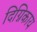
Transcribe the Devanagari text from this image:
दिग्निकाय